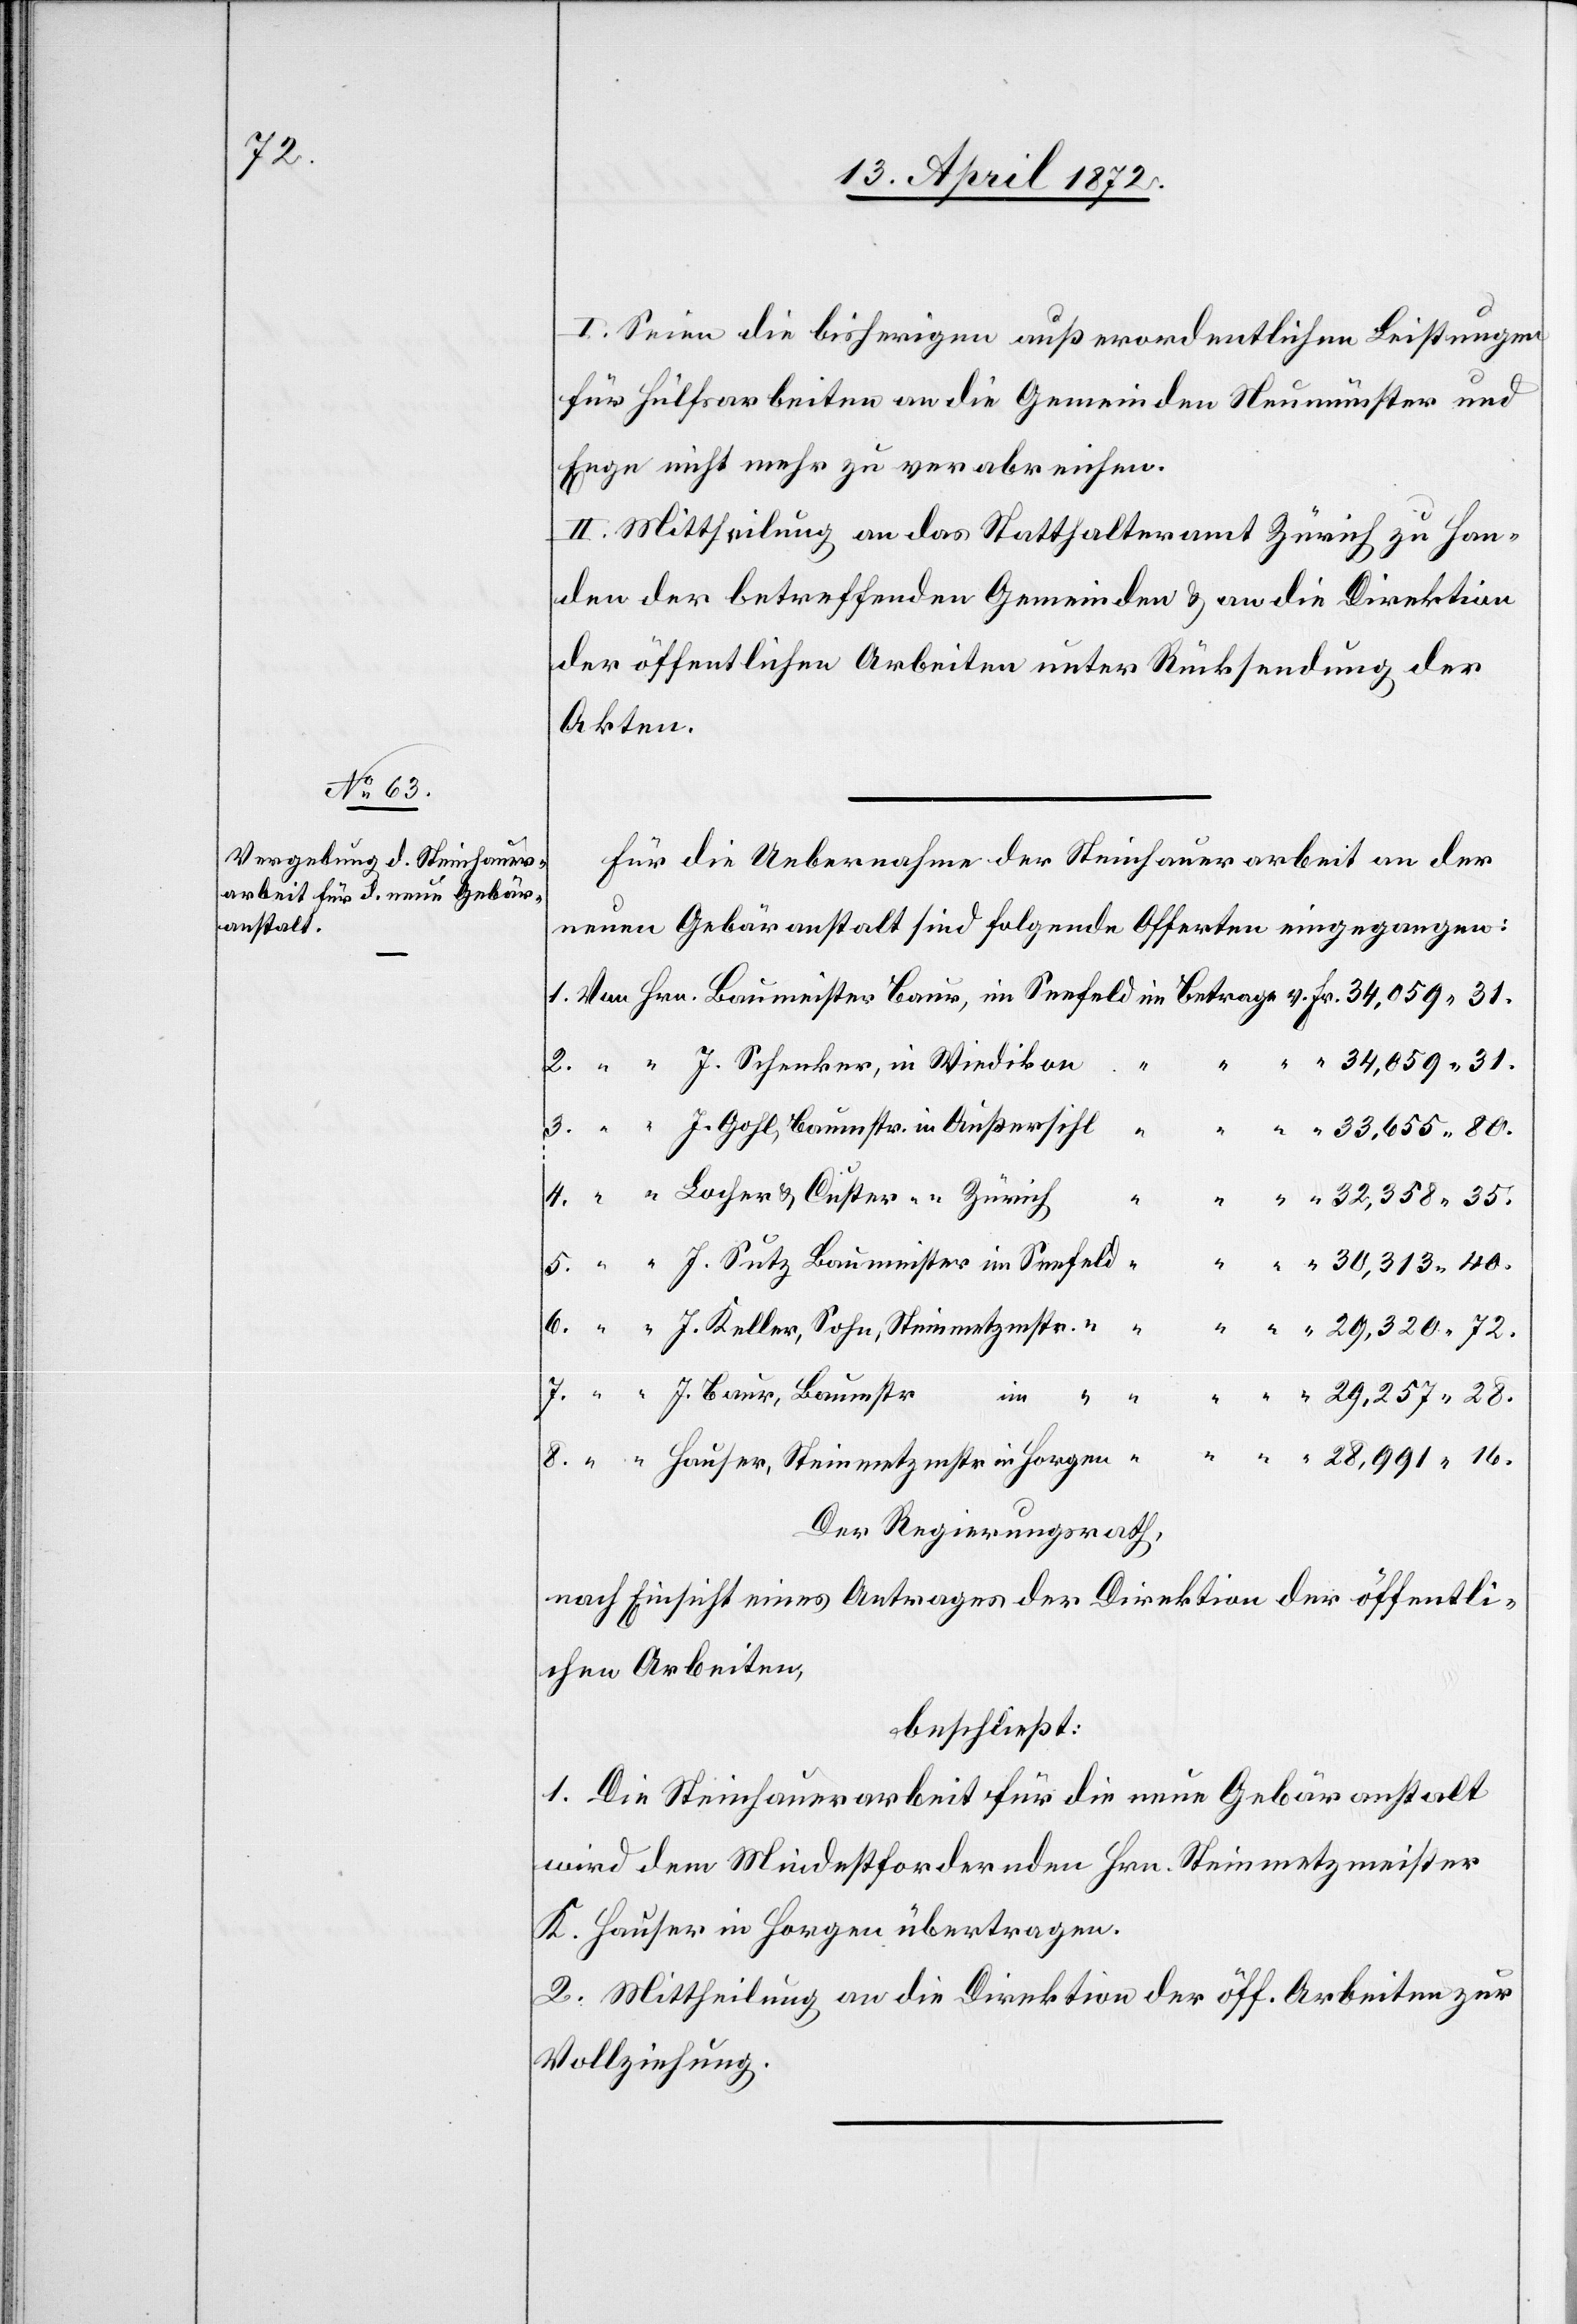
7.

I. Seien die bisherigen außerordentlichen Leistungen
für Hülfsarbeiten an die Gemeinden Neumünster und
Enge nicht mehr zu verabreichen.
II. Mittheilung an das Statthalteramt Zürich zu Han¬
den der betreffenden Gemeinden u. an die Direktion
der öffentlichen Arbeiten unter Rücksendung der
Akten.
Für die Uebernahme der Steinhauerarbeit an der
neuen Gebäranstalt sind folgende Offerten eingegangen:
J. Gohl, Baumstr. in Außersihl
Der Regierungsrath,
nach Einsicht eines Antrages der Direktion der öffentli¬
chen Arbeiten,
beschließt:
1. Die Steinhauerarbeit für die neue Gebäranstalt
wird dem Mindestfordernden Hrn. Steinmetzmeister
K. Hauser in Horgen übertragen.
2. Mittheilung an die Direktion der öff. Arbeiten zur
Vollziehung.